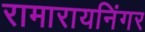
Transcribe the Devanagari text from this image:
रामारायनिंगर